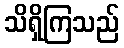
သိရှိကြသည်